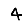
Digit: 4